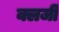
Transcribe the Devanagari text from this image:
क्लर्जी